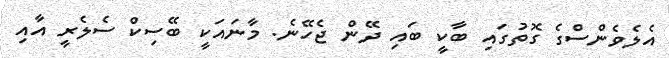
އެލެވެންސްގެ ގޮތުގައި ބާކީ ބައި ދޭން ޖެހޭނެ. މާނައަކީ ބޭސިކް ސެލެރީ އާއި